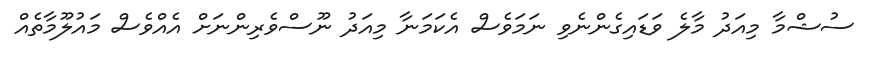
ސުޝްމާ މިއަދު މާލެ ވަޑައިގެންނެވި ނަމަވެސް އެކަމަނާ މިއަދު ނޫސްވެރިންނަށް އެއްވެސް މައުލޫމާތެއް